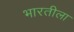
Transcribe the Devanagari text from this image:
भारतीला